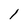
Character: 1